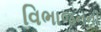
વિભાજનની